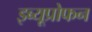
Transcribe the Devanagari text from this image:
इब्यूप्रोफन